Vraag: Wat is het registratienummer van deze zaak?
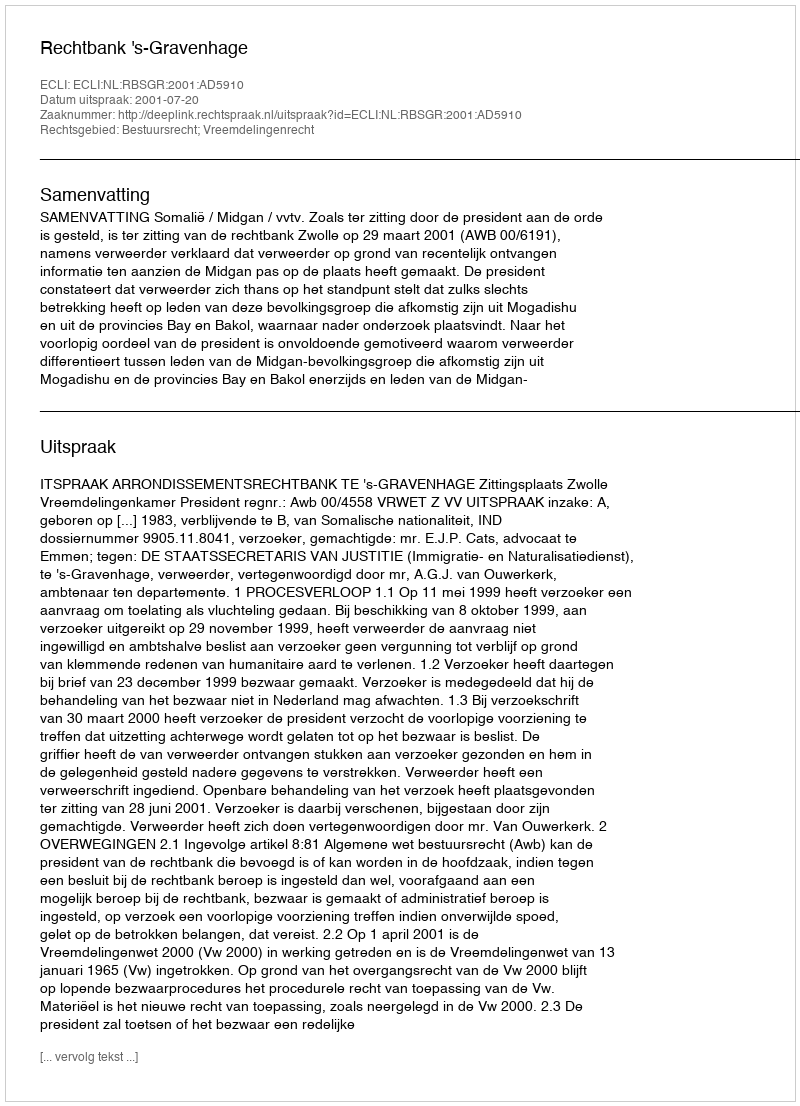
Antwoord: http://deeplink.rechtspraak.nl/uitspraak?id=ECLI:NL:RBSGR:2001:AD5910